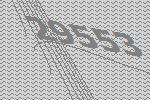
29553